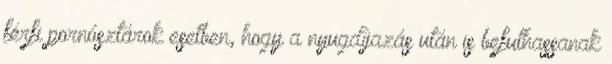
férfi pornósztárok esetben, hogy a nyugdíjazás után is befuthassanak